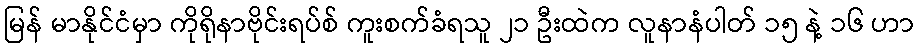
မြန် မာနိုင်ငံမှာ ကိုရိုနာဗိုင်းရပ်စ် ကူးစက်ခံရသူ ၂၁ ဦးထဲက လူနာနံပါတ် ၁၅ နဲ့ ၁၆ ဟာ